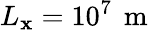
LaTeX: L_{\mathbf{x}}=10^{7}\, \mathrm{{~m~}}